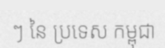
ៗ នៃ ប្រទេស កម្ពុជា